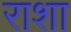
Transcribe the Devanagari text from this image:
राशा